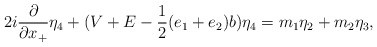
\begin{align*}2i \frac{\partial}{\partial x_{+}} {\eta}_4 +(V +E -\frac{1}{2}(e_1+e_2)b ) {\eta}_4= m_1 {\eta}_2 + m_2 {\eta}_3,\end{align*}